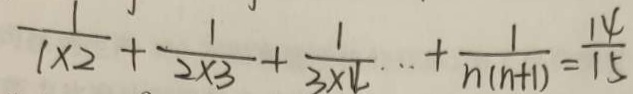
\frac { 1 } { 1 \times 2 } + \frac { 1 } { 2 \times 3 } + \frac { 1 } { 3 \times 4 } \cdots + \frac { 1 } { n ( n + 1 ) } = \frac { 1 4 } { 1 5 }